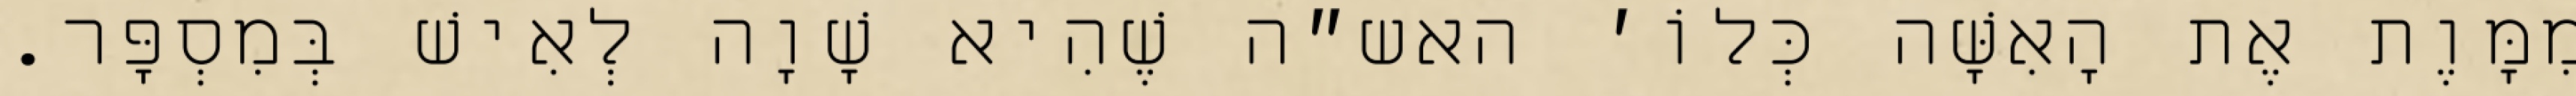
מִמָּוֶת אֶת הָאִשָּׁה כְּלוֹ׳ האש״ה שֶׁהִיא שָׁוָה לְאִישׁ בְּמִסְפָּר.